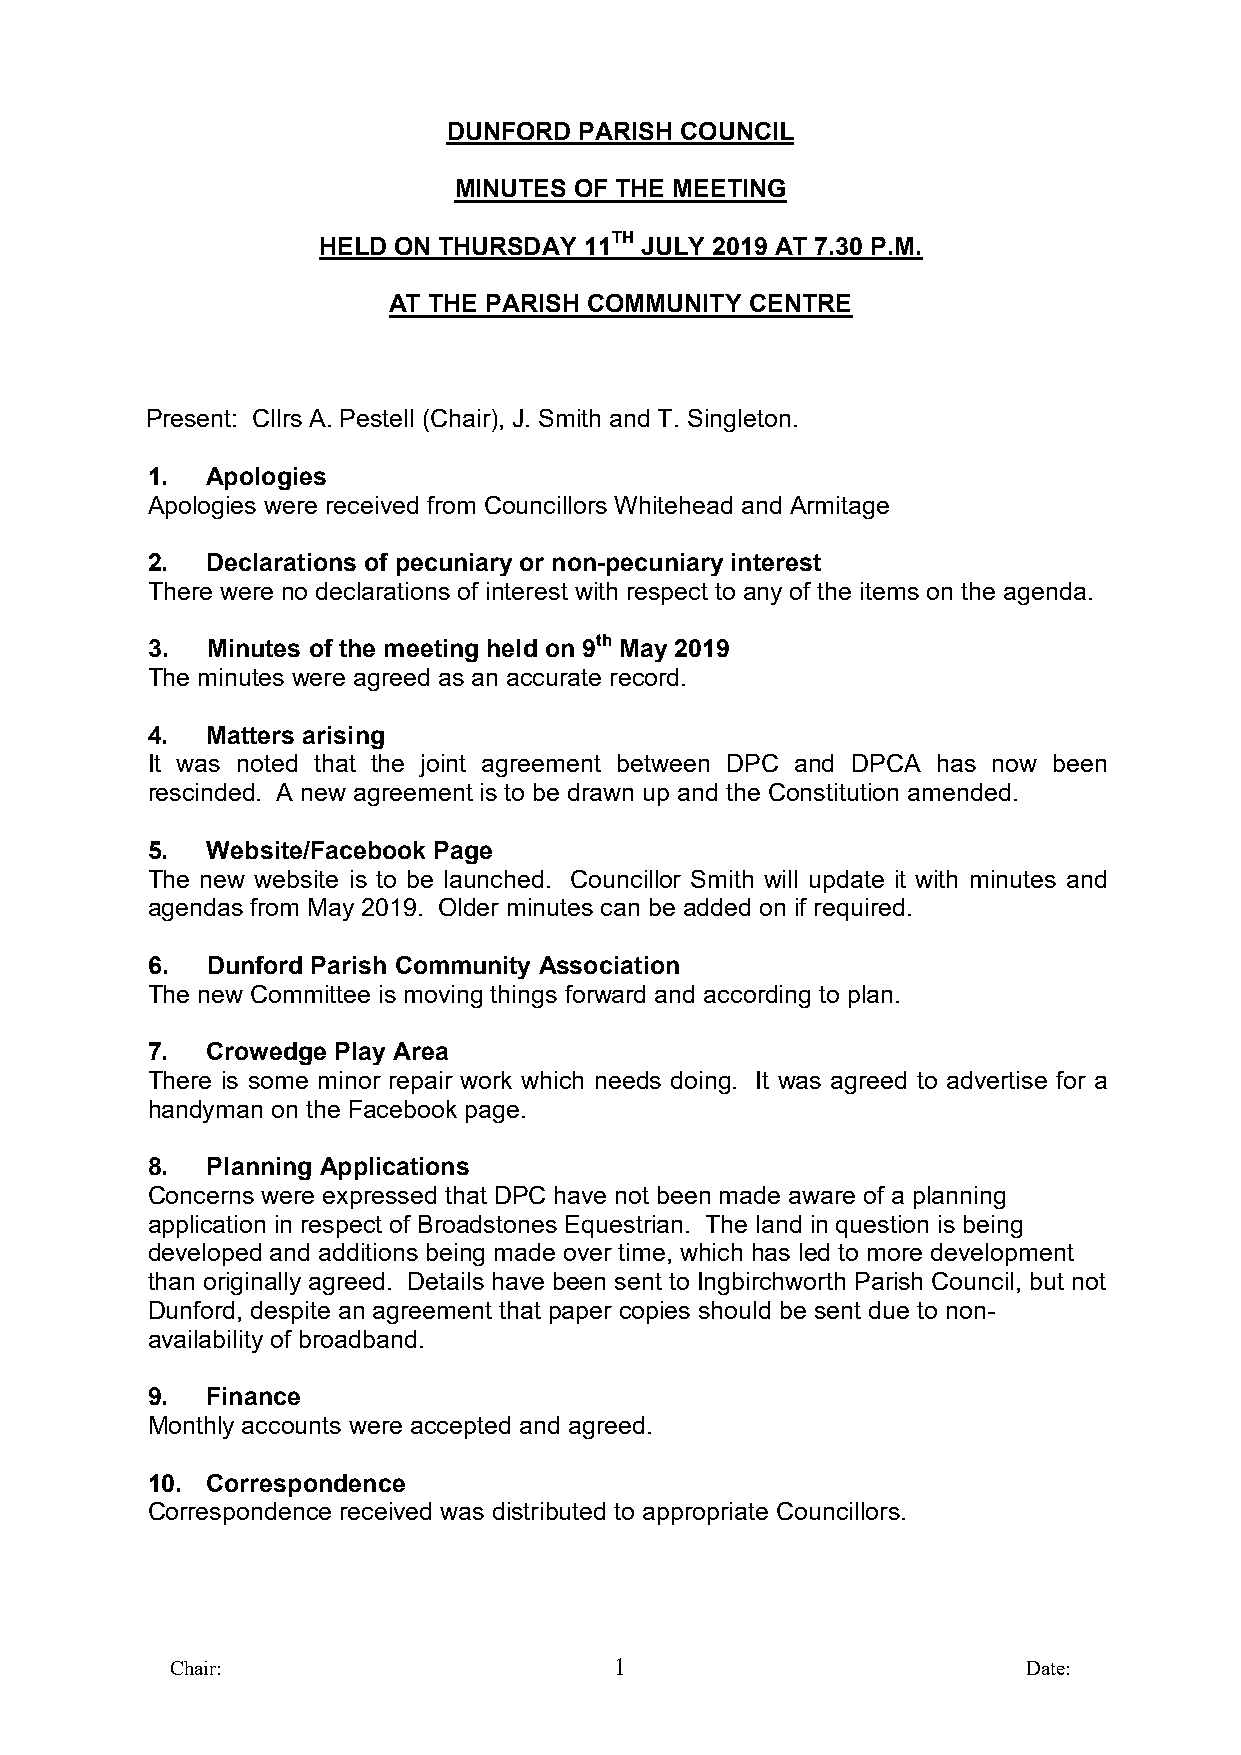
DUNFORD PARISH COUNCIL
 MINUTES OF THE MEETING
 HELD ON THURSDAY  11TH JULY 2019 AT 7.30 P.M.
 AT THE PARISH COMMUNITY CENTRE
 Present: Cllrs A. Pestell (Chair), J. Smith and T. Singleton.
 1.  Apologies
 Apologies were received from Councillors Whitehead and Armitage
 2.  Declarations of pecuniary or non-pecuniary interest
 There were no declarations of interest with respect to any of the items on the agenda.
 3.  Minutes of the meeting held on 9th May 2019
 The minutes were agreed as an accurate record.
 4.  Matters arising
 It was noted that the joint agreement between DPC and DPCA has now been
 rescinded. A new agreement is to be drawn up and the Constitution amended.
 5.  Website/Facebook Page
 The new website is to be launched. Councillor Smith will update it with minutes and
 agendas from May 2019. Older minutes can be added on if required.
 6.  Dunford Parish Community Association
 The new Committee is moving things forward and according to plan.
 7.  Crowedge Play Area
 There is some minor repair work which needs doing. It was agreed to advertise for a
 handyman on the Facebook page.
 8.  Planning Applications
 Concerns were expressed that DPC have not been made aware of a planning
 application in respect of Broadstones Equestrian. The land in question is being
 developed and additions being made over time, which has led to more development
 than originally agreed. Details have been sent to Ingbirchworth Parish Council, but not
 Dunford, despite an agreement that paper copies should be sent due to non-
 availability of broadband.
 9.  Finance
 Monthly accounts were accepted and agreed.
 10. Correspondence
 Correspondence received was distributed to appropriate Councillors.
 Chair:                        1                          Date: